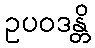
ဥပဝဒန္တိ